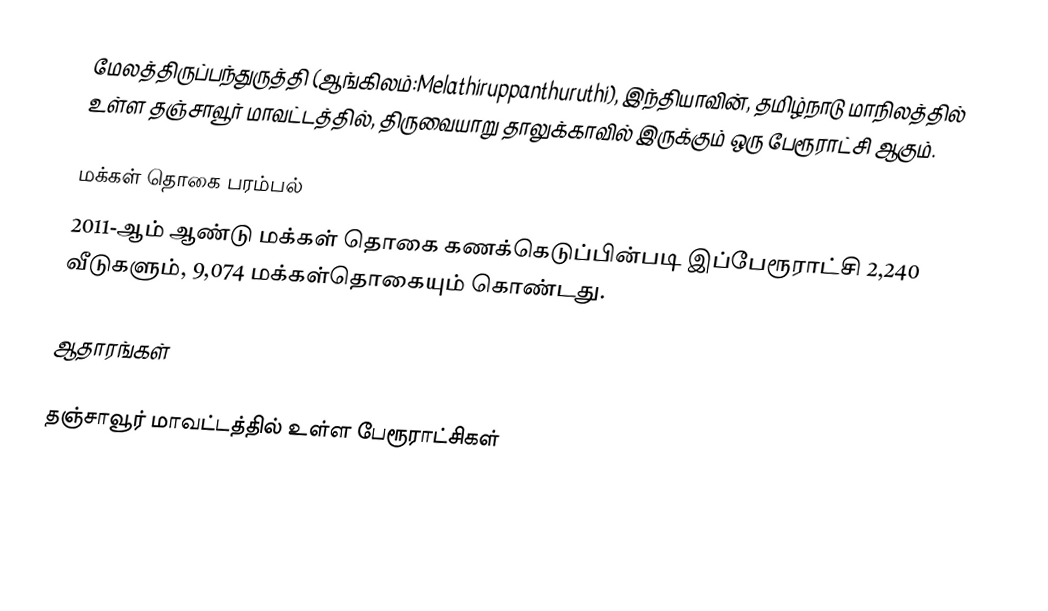
மேலத்திருப்பந்துருத்தி (ஆங்கிலம்:Melathiruppanthuruthi), இந்தியாவின், தமிழ்நாடு மாநிலத்தில் உள்ள தஞ்சாவூர் மாவட்டத்தில், திருவையாறு தாலுக்காவில் இருக்கும் ஒரு பேரூராட்சி ஆகும்.

மக்கள் தொகை பரம்பல்
2011-ஆம் ஆண்டு மக்கள் தொகை கணக்கெடுப்பின்படி  இப்பேரூராட்சி 2,240 வீடுகளும், 9,074  மக்கள்தொகையும் கொண்டது.

ஆதாரங்கள்

தஞ்சாவூர் மாவட்டத்தில் உள்ள பேரூராட்சிகள்